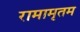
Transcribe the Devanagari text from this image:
रामामृतम